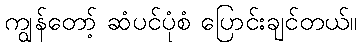
ကျွန်တော့် ဆံပင်ပုံစံ ပြောင်းချင်တယ်။